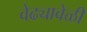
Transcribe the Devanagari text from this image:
वेढ्यावेळी